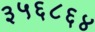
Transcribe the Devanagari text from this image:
३५६८६४